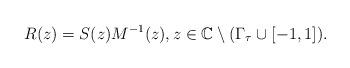
LaTeX: \begin{align*} R(z)=S(z)M^{-1}(z), z \in \mathbb C \setminus (\Gamma_{\tau} \cup [-1,1]).\end{align*}